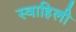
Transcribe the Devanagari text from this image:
स्‍वाहिली